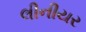
લીનીયર